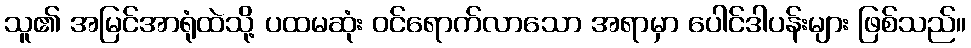
သူ၏ အမြင်အာရုံထဲသို့ ပထမဆုံး ဝင်ရောက်လာသော အရာမှာ ပေါင်ဒါပန်းများ ဖြစ်သည်။